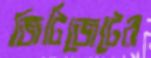
জিটিজেটের